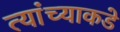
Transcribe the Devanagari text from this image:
त्यांंच्याकडे